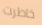
خاطرت